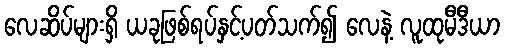
လေဆိပ်များရှိ ယခုဖြစ်ရပ်နှင့်ပတ်သက်၍ လေနဲ့ လူထုမီဒီယာ